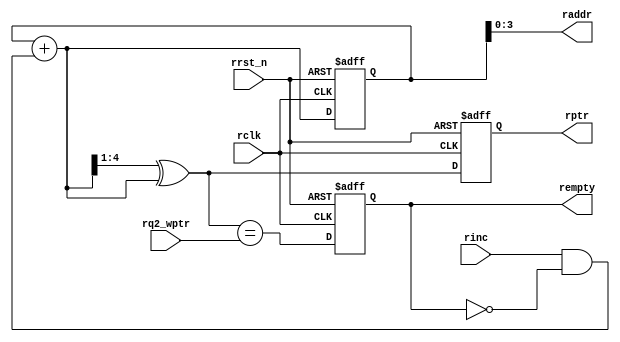
module rptr_empty (rclk, rinc, rrst_n, rq2_wptr, raddr, rptr, rempty);
	parameter n = 4;
	input rclk, rinc, rrst_n;
	input [n:0] rq2_wptr;
	output [n-1:0] raddr;
	output reg [n:0] rptr;
	output reg rempty;
	
	reg [n:0] bin;
	wire [n:0] bnext, gnext;
	
	wire rempty_w;
	
	assign raddr = bin[n-1:0];
	
	assign bnext = bin + (rinc & (~rempty));
	
	assign gnext = (bnext >> 1) ^ bnext;
	
	assign rempty_w = gnext == rq2_wptr;
	
	always@(posedge rclk or negedge rrst_n)
	begin
		if(~rrst_n)
		begin
			rptr <= 0;
			bin <= 0;
			rempty <= 1;
		end
		else
		begin
			rptr <= gnext;
			bin <= bnext;
			rempty <= rempty_w;
		end
	end
	
endmodule